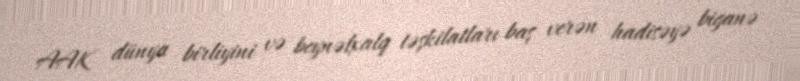
AAK dünya birliyini və beynəlxalq təşkilatları baş verən hadisəyə biganə